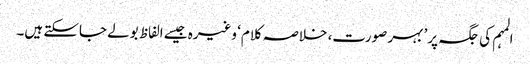
المہم کی جگہ پر’ بہر صورت، خلاصہ کلام‘ وغیرہ جیسے الفاظ بولے جاسکتے ہیں۔